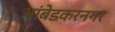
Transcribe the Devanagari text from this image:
आंबेडकरनगर